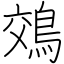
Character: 鵁